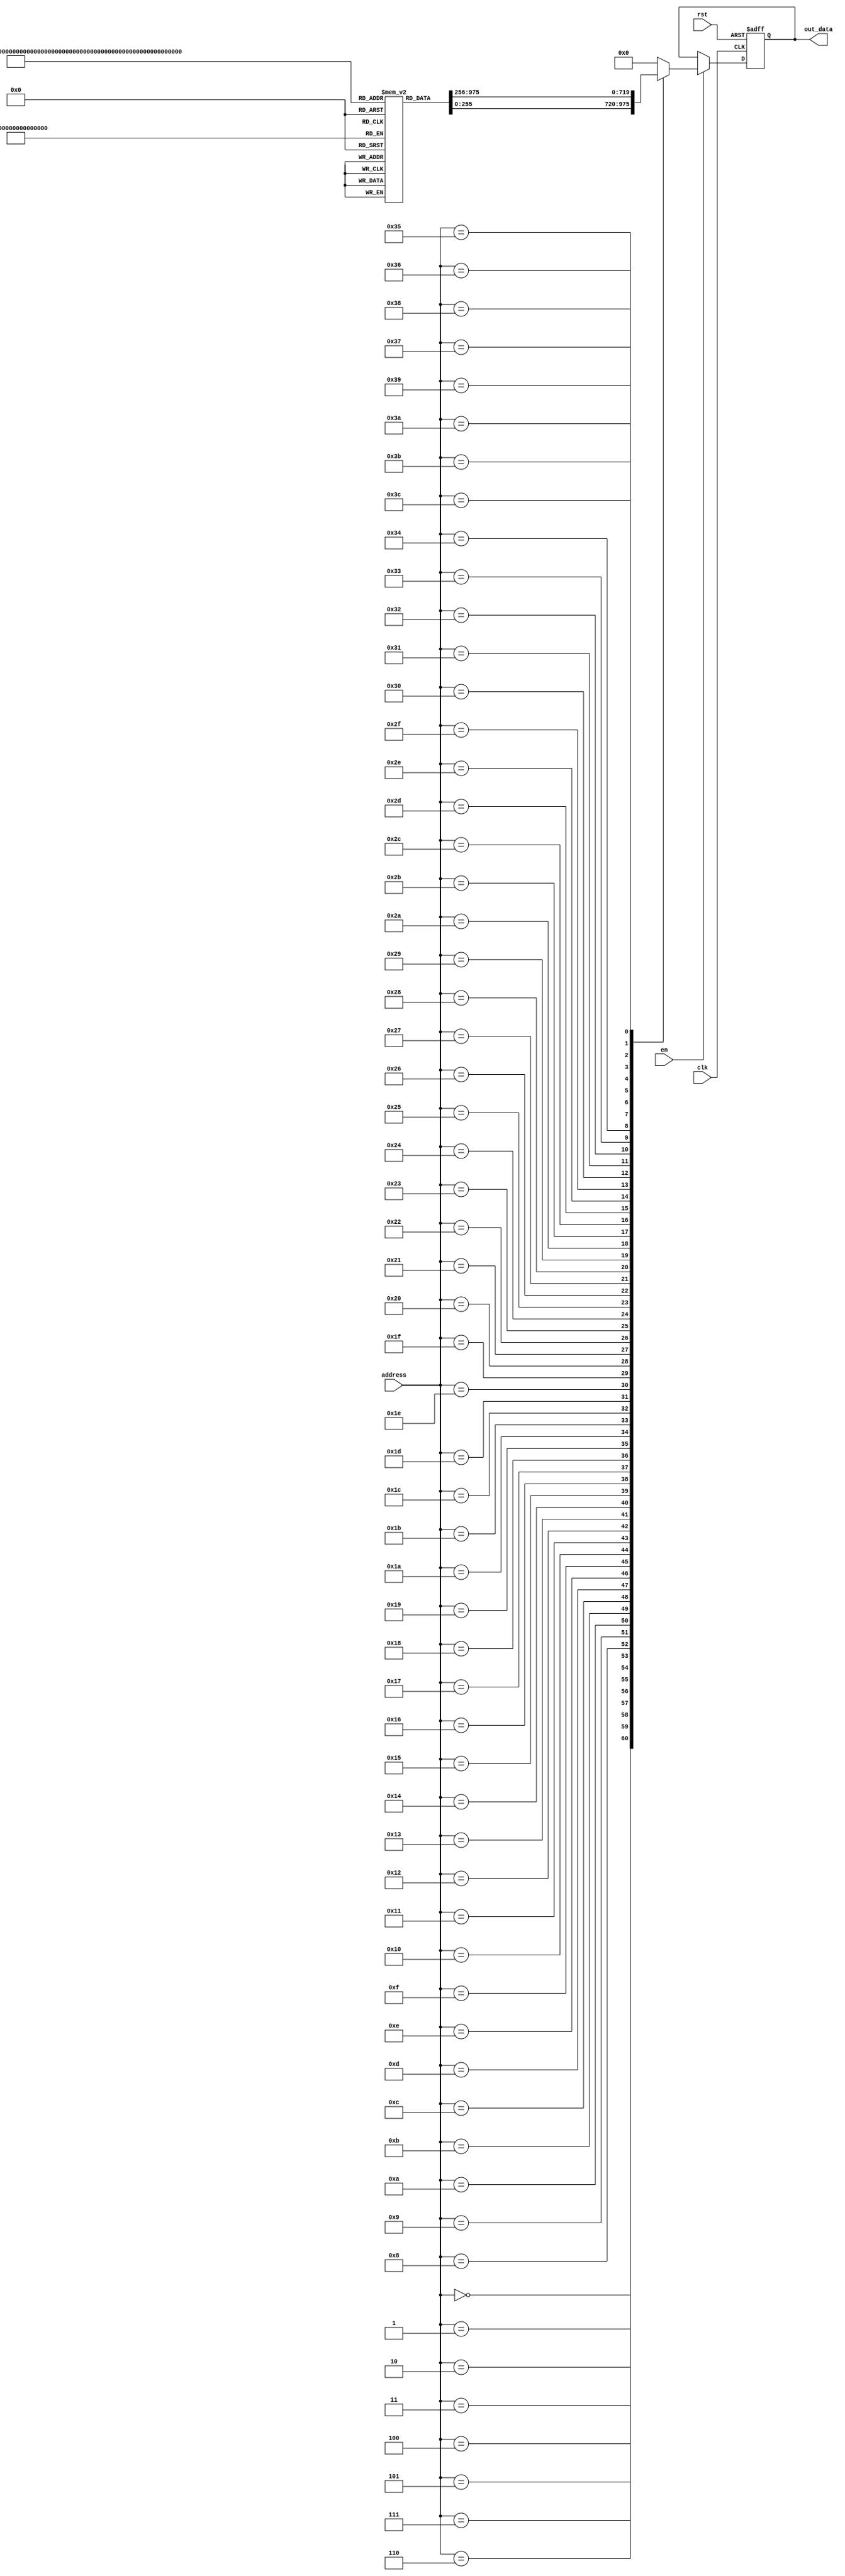
module rom_real (
    input clk,
    input rst,
    input en,
    input[31:0] address,
    output reg [15:0] out_data
);
parameter order = 60;
reg[15:0] data[order:0];
integer i;
initial 
begin
    data[00] = 16'b0111000110001000;
    data[01] = 16'b0111100001011111;
    data[02] = 16'b0110111011001000;
    data[03] = 16'b0111111111111111;
    data[04] = 16'b0110000111001100;
    data[05] = 16'b0111111111111111;
    data[06] = 16'b0101101111111110;
    data[07] = 16'b0101101001101100;
    data[08] = 16'b0010100010110111;
    data[09] = 16'b1110111101100010;
    data[10] = 16'b1111110100101100;
    data[11] = 16'b1010001011010001;
    data[12] = 16'b1010001111010100;
    data[13] = 16'b1000000000000000;
    data[14] = 16'b1010111010000110;
    data[15] = 16'b1001011001001001;
    data[16] = 16'b1110011110000001;
    data[17] = 16'b0010011000110110;
    data[18] = 16'b0110100011010100;
    data[19] = 16'b0111111111111111;
    data[20] = 16'b0110011000000001;
    data[21] = 16'b0010010111001001;
    data[22] = 16'b1011000110000001;
    data[23] = 16'b1001110011010111;
    data[24] = 16'b1000000000000000;
    data[25] = 16'b1100101001111100;
    data[26] = 16'b0011101001110000;
    data[27] = 16'b0111000110101011;
    data[28] = 16'b0011110000000101;
    data[29] = 16'b1010110100111011;
    data[30] = 16'b1000110001011001;
    data[31] = 16'b1100011101110010;
    data[32] = 16'b0100000111010101;
    data[33] = 16'b0111100100101000;
    data[34] = 16'b0000100001001100;
    data[35] = 16'b1001111000101101;
    data[36] = 16'b1000100010011110;
    data[37] = 16'b0001000011110100;
    data[38] = 16'b0111111111111111;
    data[39] = 16'b1110100001011000;
    data[40] = 16'b1010001011110010;
    data[41] = 16'b1101111110010011;
    data[42] = 16'b0100011001010010;
    data[43] = 16'b0110010011110100;
    data[44] = 16'b1000011110110111;
    data[45] = 16'b1011101101111100;
    data[46] = 16'b0100111001001111;
    data[47] = 16'b0100010001001111;
    data[48] = 16'b1001100101110010;
    data[49] = 16'b1100010100010100;
    data[50] = 16'b0111110100101101;
    data[51] = 16'b0001100111111010;
    data[52] = 16'b1000110111100110;
    data[53] = 16'b0010100110111110;
    data[54] = 16'b0110100111111000;
    data[55] = 16'b1001111001010111;
    data[56] = 16'b1110101001000000;
    data[57] = 16'b0111111111111111;
    data[58] = 16'b1100010101110110;
    data[59] = 16'b1011101111000001;
	data[60] = 16'b0000000000000000;
	 
end


always@(posedge clk,negedge rst)
begin
    if(!rst)
    out_data<=0;
    else if(en)
    case (address)
        0:out_data<=data[0]; 
        1:out_data<=data[1]; 
        2:out_data<=data[2]; 
        3:out_data<=data[3]; 
        4:out_data<=data[4]; 
        5:out_data<=data[5]; 
        6:out_data<=data[6]; 
        7:out_data<=data[7]; 
        8:out_data<=data[8]; 
        9:out_data<=data[9]; 
		  10:out_data<=data[10]; 
        11:out_data<=data[11]; 
        12:out_data<=data[12]; 
        13:out_data<=data[13]; 
        14:out_data<=data[14]; 
        15:out_data<=data[15]; 
        16:out_data<=data[16]; 
        17:out_data<=data[17]; 
        18:out_data<=data[18]; 
        19:out_data<=data[19]; 
		  20:out_data<=data[20]; 
        21:out_data<=data[21]; 
        22:out_data<=data[22]; 
        23:out_data<=data[23]; 
        24:out_data<=data[24]; 
        25:out_data<=data[25]; 
        26:out_data<=data[26]; 
        27:out_data<=data[27]; 
        28:out_data<=data[28]; 
        29:out_data<=data[29]; 
		  30:out_data<=data[30]; 
        31:out_data<=data[31]; 
        32:out_data<=data[32]; 
        33:out_data<=data[33]; 
        34:out_data<=data[34]; 
        35:out_data<=data[35]; 
        36:out_data<=data[36]; 
        37:out_data<=data[37]; 
        38:out_data<=data[38]; 
        39:out_data<=data[39]; 
		  40:out_data<=data[40]; 
        41:out_data<=data[41]; 
        42:out_data<=data[42]; 
        43:out_data<=data[43]; 
        44:out_data<=data[44]; 
        45:out_data<=data[45]; 
        46:out_data<=data[46]; 
        47:out_data<=data[47]; 
        48:out_data<=data[48]; 
        49:out_data<=data[49]; 
		  50:out_data<=data[50]; 
        51:out_data<=data[51]; 
        52:out_data<=data[52]; 
        53:out_data<=data[53]; 
        54:out_data<=data[54]; 
        55:out_data<=data[55]; 
        56:out_data<=data[56]; 
        57:out_data<=data[57]; 
        58:out_data<=data[58]; 
        59:out_data<=data[59];
		  60:out_data<=data[60];
        default:out_data<=0; 
    endcase
    else 
    out_data<=out_data;

end



    
endmodule